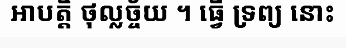
អាបត្តិ ថុល្លច្ច័យ ។ ធ្វើ ទ្រព្យ នោះ